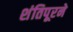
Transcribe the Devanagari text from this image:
शंतिपूरने